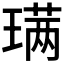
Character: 𫞩